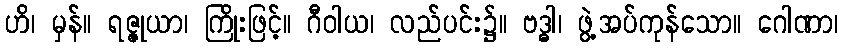
ဟိ၊ မှန်။ ရဇ္ဇုယာ၊ ကြိုးဖြင့်။ ဂီဝါယ၊ လည်ပင်း၌။ ဗဒ္ဓါ၊ ဖွဲ့အပ်ကုန်သော။ ဂေါဏာ၊